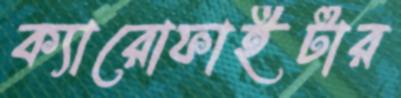
ক্যারোফাইটার